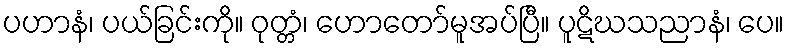
ပဟာနံ၊ ပယ်ခြင်းကို။ ဝုတ္တံ၊ ဟောတော်မူအပ်ပြီ။ ပူဋိဃသညာနံ၊ ပေ။